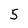
Character: 5